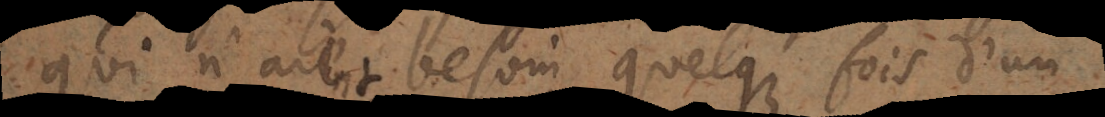
qui n’aient besoin quelque fois d’un